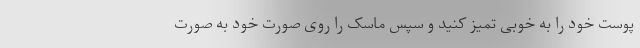
پوست خود را به خوبی تمیز کنید و سپس ماسک را روی صورت خود به صورت